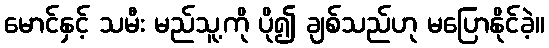
မောင်နှင့် သမီး မည်သူ့ကို ပို၍ ချစ်သည်ဟု မပြောနိုင်ခဲ့။